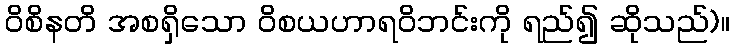
ဝိစိနတိ အစရှိသော ဝိစယဟာရဝိဘင်းကို ရည်၍ ဆိုသည်)။